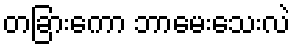
တခြားကော ဘာမေးသေးလဲ